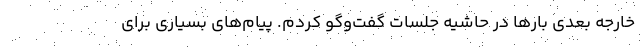
خارجه بعدي بارها در حاشيه جلسات گفت‌وگو كردم. پيام‌هاي بسياري براي